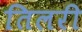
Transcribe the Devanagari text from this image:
तिलरी